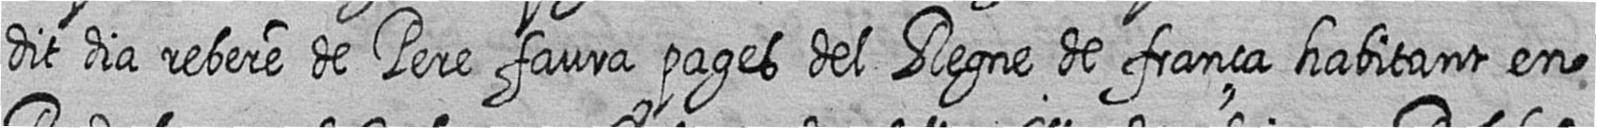
dit dia rebere de Pere faura pages del Regne de frança habitant en